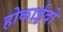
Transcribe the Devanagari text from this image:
होकाईदो